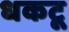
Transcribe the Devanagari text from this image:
धकटू